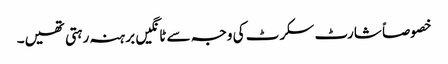
خصوصاً شارٹ سکرٹ کی وجہ سے ٹانگیں برہنہ رہتی تھیں۔